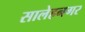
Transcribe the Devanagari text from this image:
सालेहनगर